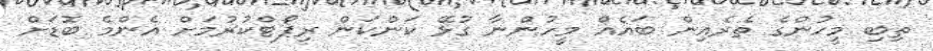
ތިބި މީހުންގެ ތެރެއިން ބައެއް މީހުންނާ ގުޅޭ ކަންކަން ރިޕޯޓްކުރުމަށް އެންމެ ބޮޑަށް